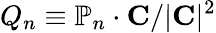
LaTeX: Q_{n}\equiv\mathbb{P}_{n}\cdot{\mathbf C}/|{\mathbf C}|^{2}